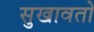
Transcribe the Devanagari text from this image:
सुखावतो